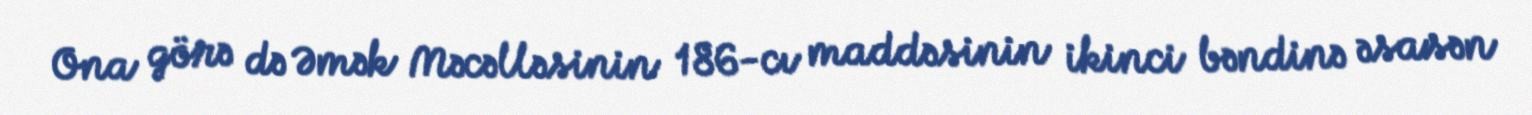
Ona görə də Əmək Məcəlləsinin 186-cı maddəsinin ikinci bəndinə əsasən